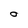
Character: 0